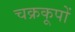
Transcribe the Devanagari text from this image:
चक्रकूपों